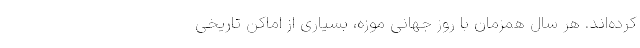
کرده‌اند. هر سال همزمان با روز جهانی موزه، بسیاری از اماکن تاریخی